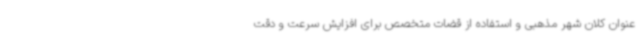
عنوان کلان شهر مذهبی و استفاده از قضات متخصص برای افزایش سرعت و دقت